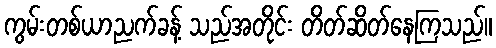
ကွမ်းတစ်ယာညက်ခန့် သည်အတိုင်း တိတ်ဆိတ်နေကြသည်။